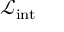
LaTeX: { \mathcal { L } } _ { \mathrm { i n t } }